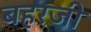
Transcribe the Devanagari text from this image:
बहरजी